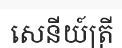
សេនីយ៍ត្រី